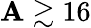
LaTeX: \mathbf{A}\gtrsim16